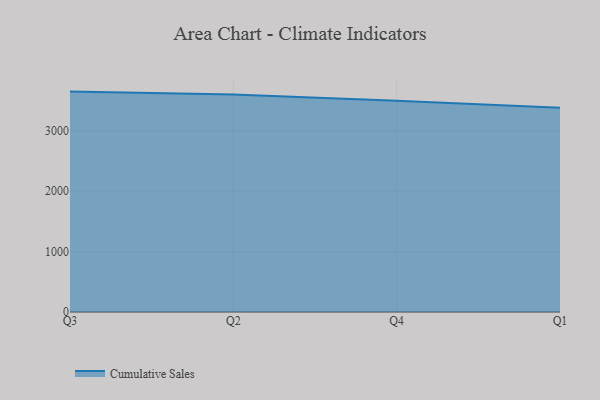
{"axis": {"x": "Quarter", "y": "Conversion Rate (%)"}, "legend": ["Cumulative Sales"], "data": [{"x": "Q3", "y": 3647.7, "type": "Cumulative Sales"}, {"x": "Q2", "y": 3600.9, "type": "Cumulative Sales"}, {"x": "Q4", "y": 3498.1, "type": "Cumulative Sales"}, {"x": "Q1", "y": 3380.7, "type": "Cumulative Sales"}]}